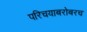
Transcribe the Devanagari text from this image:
परिचयाबरोबरच